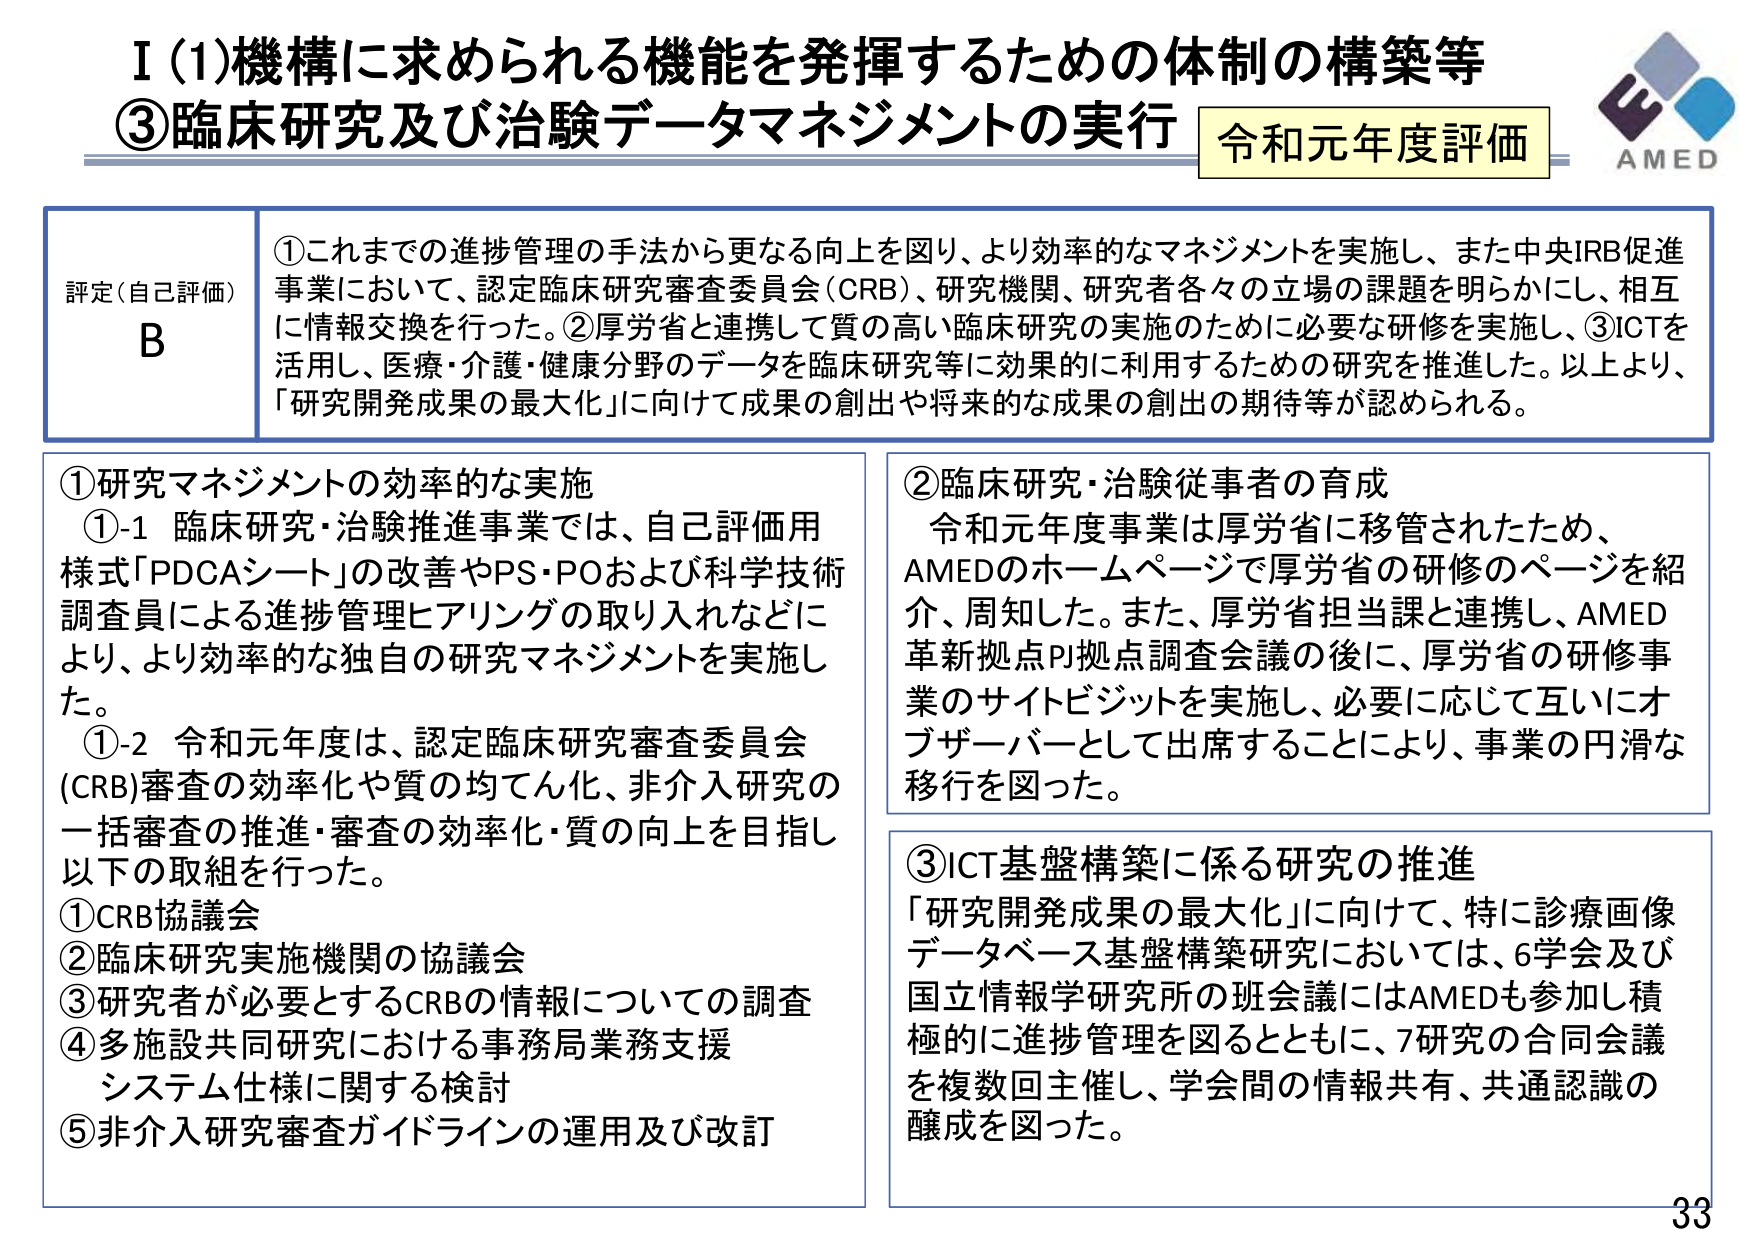
I (1) 機構に求められる機能を発揮するための体制の構築等
③ 臨床研究及び治験データマネジメントの実行 令和元年度評価

AMED

評定（自己評価）
B

①これまでの進捗管理の手法から更なる向上を図り、より効率的なマネジメントを実施し、また中央IRB促進事業において、認定臨床研究審査委員会（CRB）、研究機関、研究者各々の立場の課題を明らかにし、相互に情報交換を行った。②厚労省と連携して質の高い臨床研究の実施のために必要な研修を実施し、③ICTを活用し、医療・介護・健康分野のデータを臨床研究等に効果的に利用するための研究を推進した。以上より、「研究開発成果の最大化」に向けて成果の創出や将来的な成果の創出の期待等が認められる。

①研究マネジメントの効率的な実施
①-1 臨床研究・治験推進事業では、自己評価用様式「PDCAシート」の改善やPS・POおよび科学技術調査員による進捗管理ヒアリングの取り入れなどにより、より効率的な独自の研究マネジメントを実施した。
①-2 令和元年度は、認定臨床研究審査委員会（CRB）審査の効率化や質の均てん化、非介入研究の一括審査の推進・審査の効率化・質の向上を目指し以下の取組を行った。
①CRB協議会
②臨床研究実施機関の協議会
③研究者が必要とするCRBの情報についての調査
④多施設共同研究における事務局業務支援システム仕様に関する検討
⑤非介入研究審査ガイドラインの運用及び改訂

②臨床研究・治験従事者の育成
令和元年度事業は厚労省に移管されたため、AMEDのホームページで厚労省の研修のページを紹介、周知した。また、厚労省担当課と連携し、AMED革新拠点PJ拠点調査会議の後に、厚労省の研修事業のサイトビジットを実施し、必要に応じて互いにオブザーバーとして出席することにより、事業の円滑な移行を図った。

③ICT基盤構築に係る研究の推進
「研究開発成果の最大化」に向けて、特に診療画像データベース基盤構築研究においては、6学会及び国立情報学研究所の班会議にはAMEDも参加し積極的に進捗管理を図るとともに、7研究の合同会議を複数回主催し、学会間の情報共有、共通認識の醸成を図った。

33